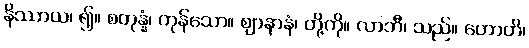
နိဿာယ၊ ၍။ စတုန္နံ၊ ကုန်သော။ ဈာနာနံ၊ တို့ကို။ လာဘီ၊ သည်။ ဟောတိ၊